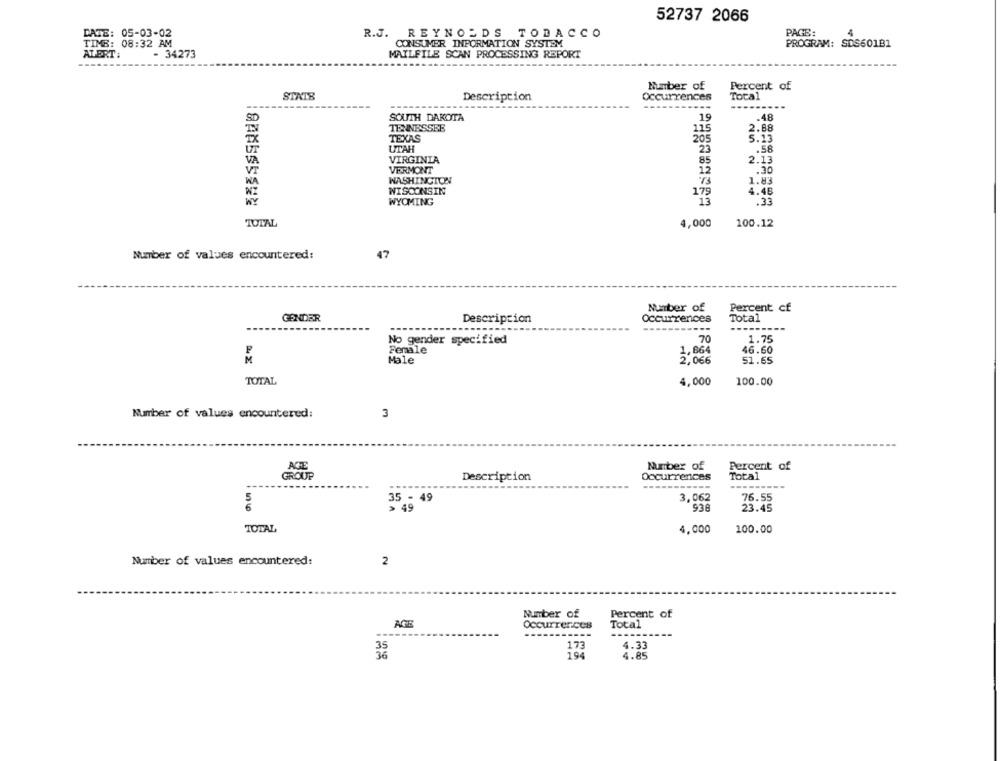
52737 2066
PAGE:
4
DATE: 05-03-02
R.J. REYNOLDS TOBACCO
TIME: 08:32 AM
CONSUMER INFORMATION SYSTEM
PROGRAM: SDS60181
ALERT:
MAILFILE SCAN PROCESSING REPORT
- 34273
Number of
Percent of
STATS
Description
Occurrences
Total
------.....
...----
SD
SOUTH DAKOTA
19
.48
TENNESSEE
115
2.88
TEXAS
205
5.13
UT
UTAH
23
.58
VA
VIRGINIA
85
2.13
VI
VERMONT
12
.30
WA
WASHINGTON
1.83
WISCONSIN
179
4.48
WYOMING
13
.33
TOTAL
4,000
100.12
Number of values encountered:
47
Number of
Percent cf
GENDER
Description
Occurrences
Total
No gender specified
70
1.75
Female
1,664
46.60
Male
2,066
51.65
TOTAL
4,000
100.00
Number of values encountered:
3
Number of
Percent of
AGE
GROUP
Description
Occurrences
Total
5
35 - 49
3,062
76.55
> 49
938
23.45
TOTAL
4,000
100.00
Number of values encountered:
2
Number of
Percent of
AGE
Occurrences
Total
---
-------
-----
35
173
4.33
36
194
4.85